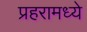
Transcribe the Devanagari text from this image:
प्रहरामध्ये